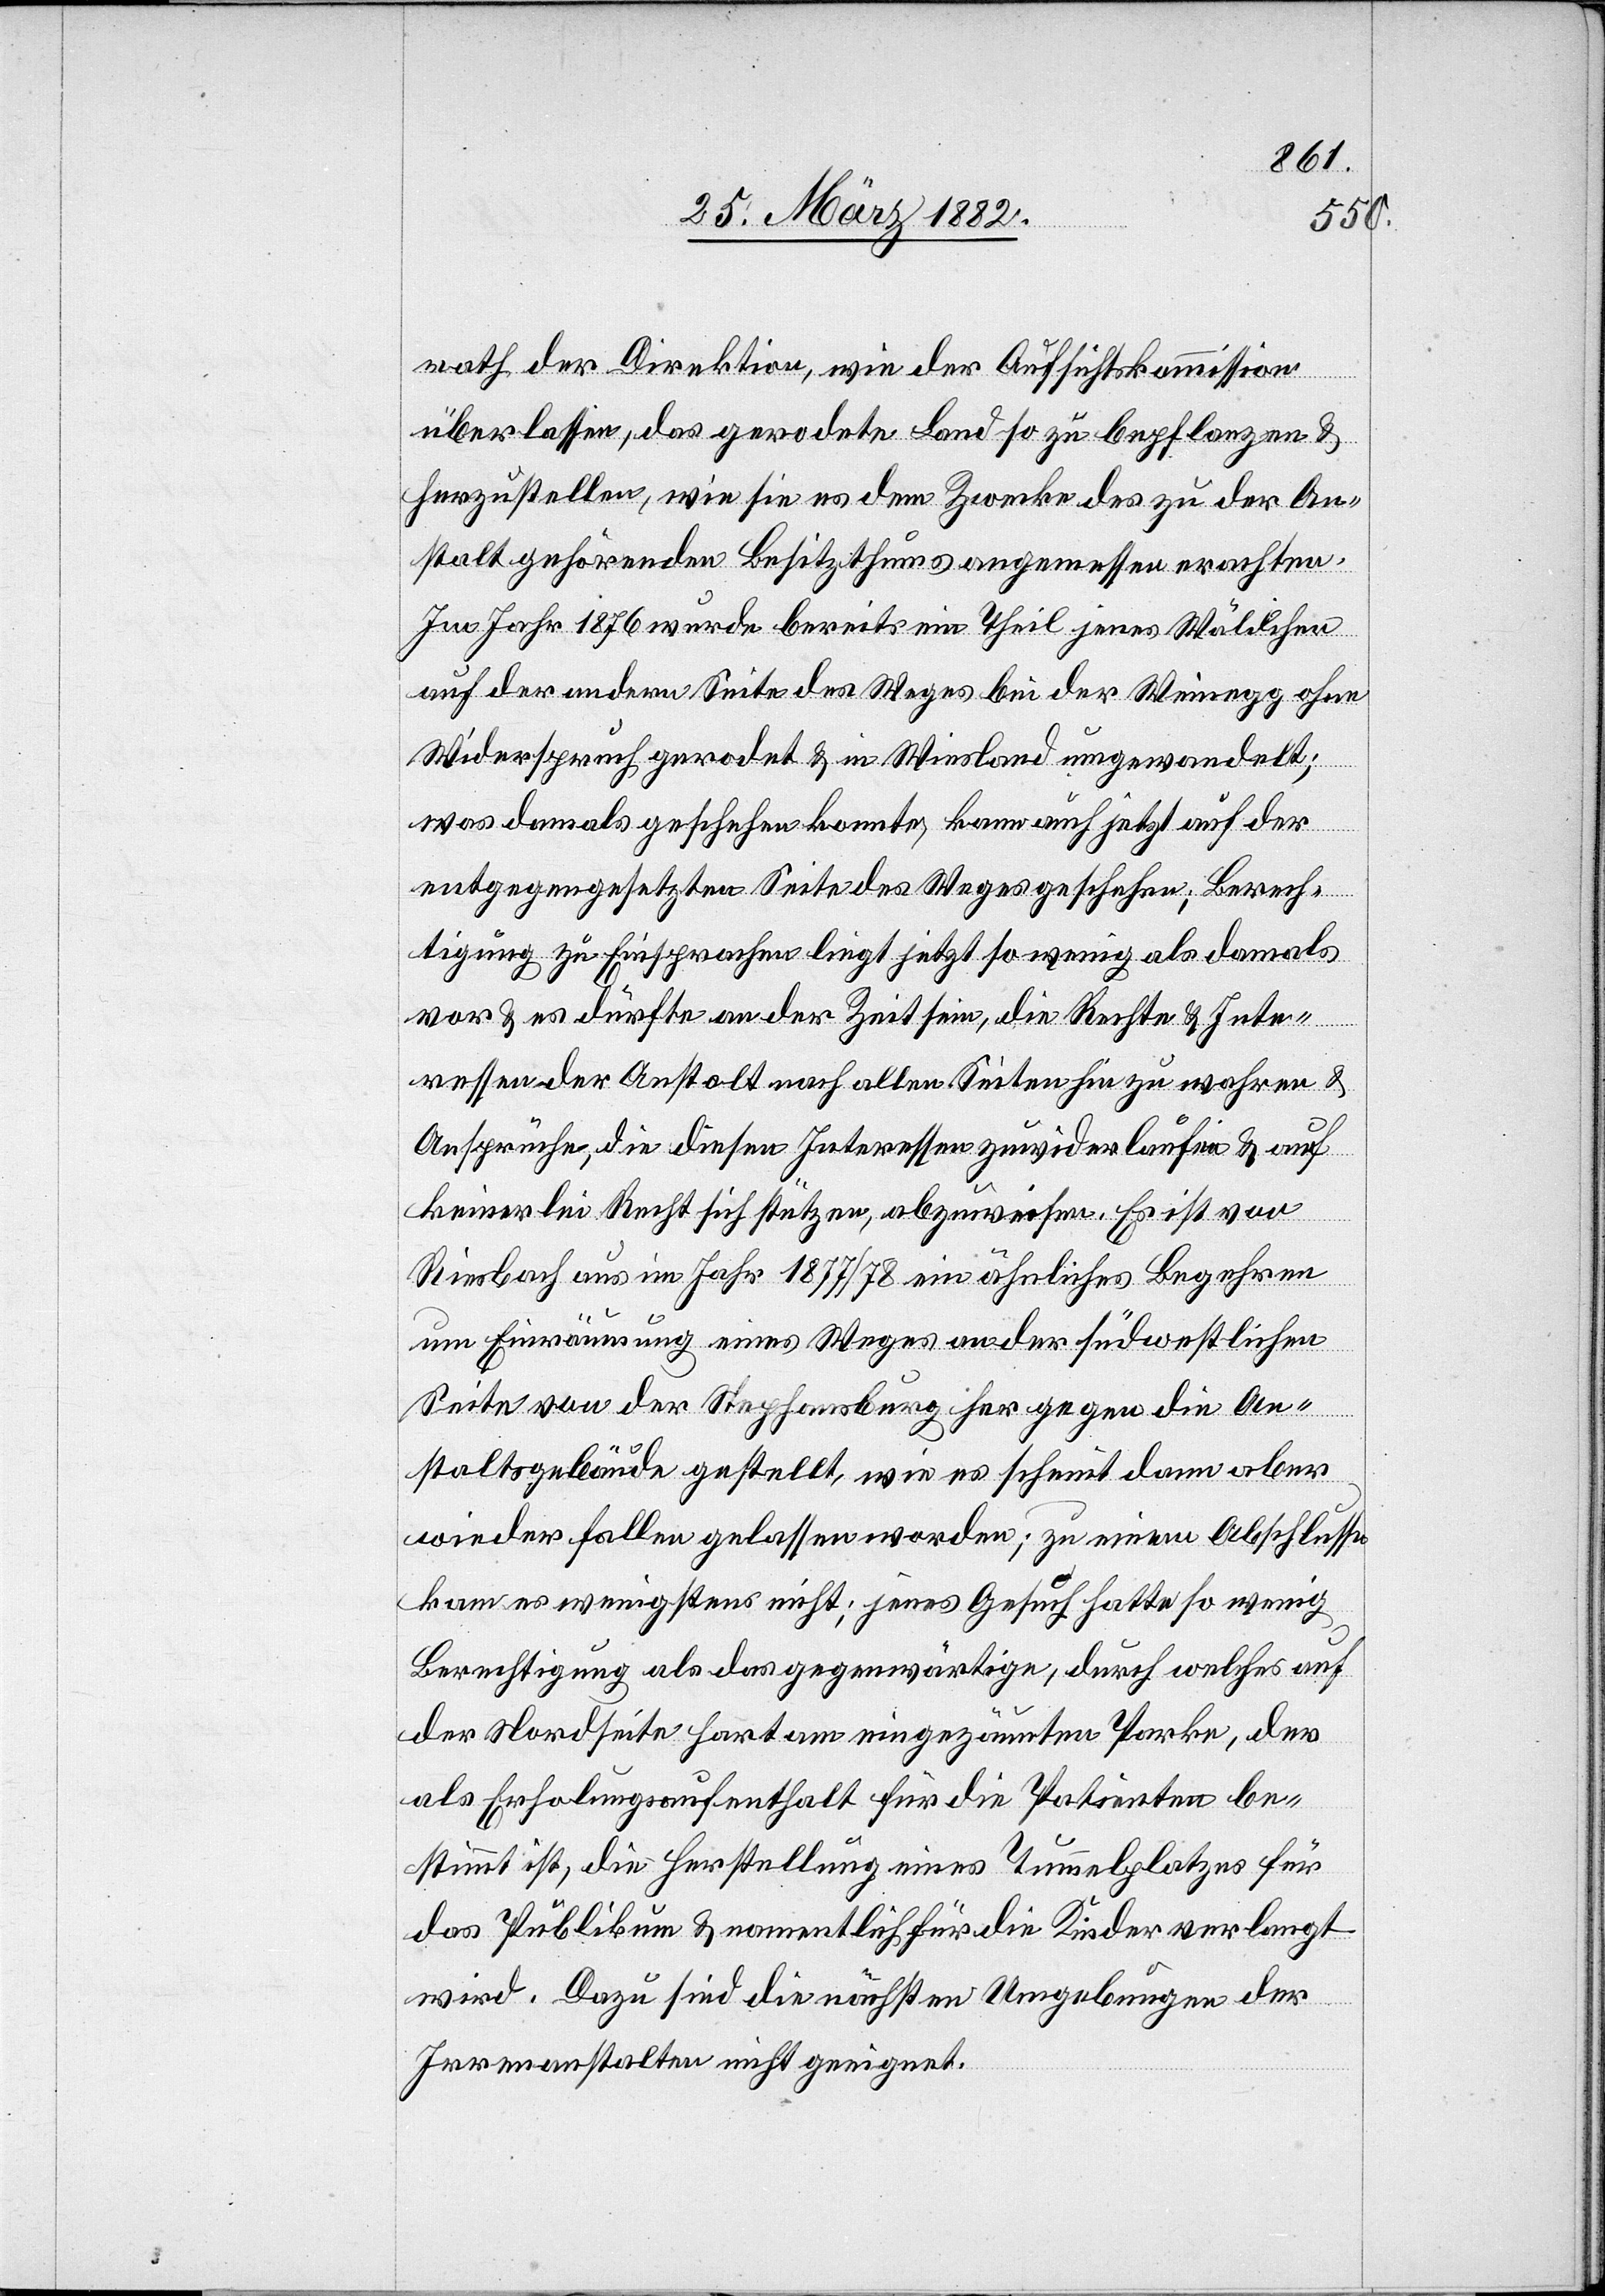
rath der Direktion, wie der Aufsichtskommission
überlassen, das gerodete Land so zu bepflanzen &
herzustellen, wie sie es dem Zwecke des zu der An¬
stalt gehörenden Besitzthums angemessen erachten.
Im Jahr 1876 wurde bereits ein Theil jenes Wäldchen
auf der andern Seite des Weges bei der Weinegg ohne
Widerspruch gerodet & in Wiesland umgewandelt;
was damals geschehen konnte, kann auch jetzt auf der
entgegengesetzten Seite des Weges geschehen; Berech¬
tigung zu Einsprachen liegt jetzt so wenig als damals
vor & es dürfte an der Zeit sein, die Rechte & Inte¬
ressen der Anstalt nach allen Seiten hin zu wahren &
Ansprüche, die diesen Interessen zuwiderlaufen & auf
keinerlei Recht sich stützen, abzuweisen. Es ist von
Riesbach aus im Jahr 1877/78 ein ähnliches Begehren
um Einräumung eines Weges an der südwestlichen
Seite von der Stephansburg her gegen die An¬
staltsgebäude gestellt, wie es scheint dann aber
wieder fallen gelassen worden; zu einem Abschlusse
kam es wenigstens nicht; jenes Gesuch hatte so wenig
Berechtigung als das gegenwärtige, durch welches auf
der Nordseite hart am eingezäunten Parke, der
als Erholungsaufenthalt für die Patienten be¬
stimmt ist, die Herstellung eines Tummelplatzes für
das Publikum & namentlich für die Kinder verlangt
wird. Dazu sind die nächsten Umgebungen der
Irrenanstalt nicht geeignet.